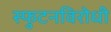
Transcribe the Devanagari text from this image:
स्‍फुटनविरोधी